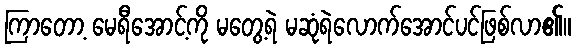
ကြာတော့ မေရီအောင့်ကို မတွေ့ရဲ မဆုံရဲလောက်အောင်ပင်ဖြစ်လာ၏။